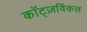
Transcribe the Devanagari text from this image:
कॉट्ज़विंकल